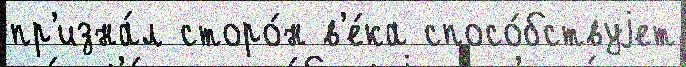
пр'изна́л сторо́н в'е́ка спосо́бствуjет